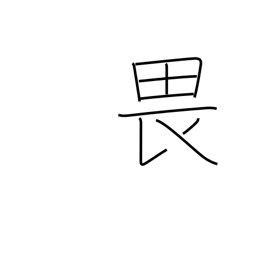
Meaning: fear